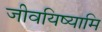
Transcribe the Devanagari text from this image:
जीवयिष्यामि